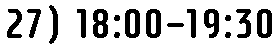
27) 18:00-19:30